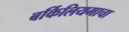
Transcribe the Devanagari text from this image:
बर्किलियमाचा